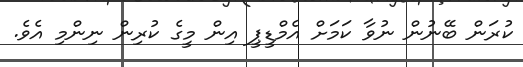
ކުރަން ބޭނުން ނުވާ ކަމަށް އެމްޑީޕީ އިން މީގެ ކުރިން ނިންމި އެވެ.